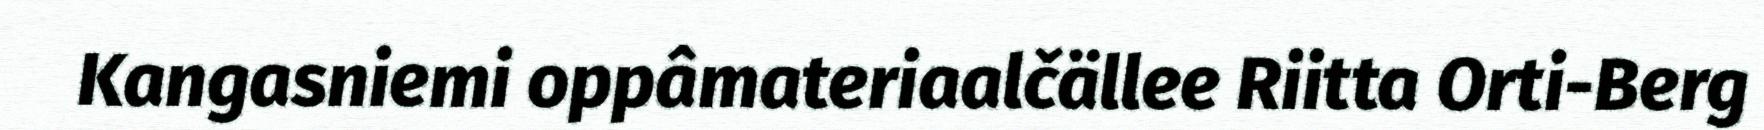
Kangasniemi oppâmateriaalčällee Riitta Orti-Berg